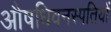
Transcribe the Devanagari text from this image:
औषधिवनस्पतियों